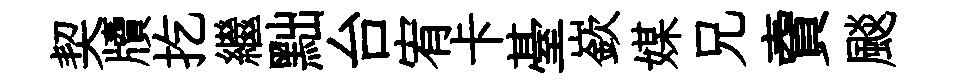
契牘扢繼黜台宥卡䑓嶔媒兄𧶠颷